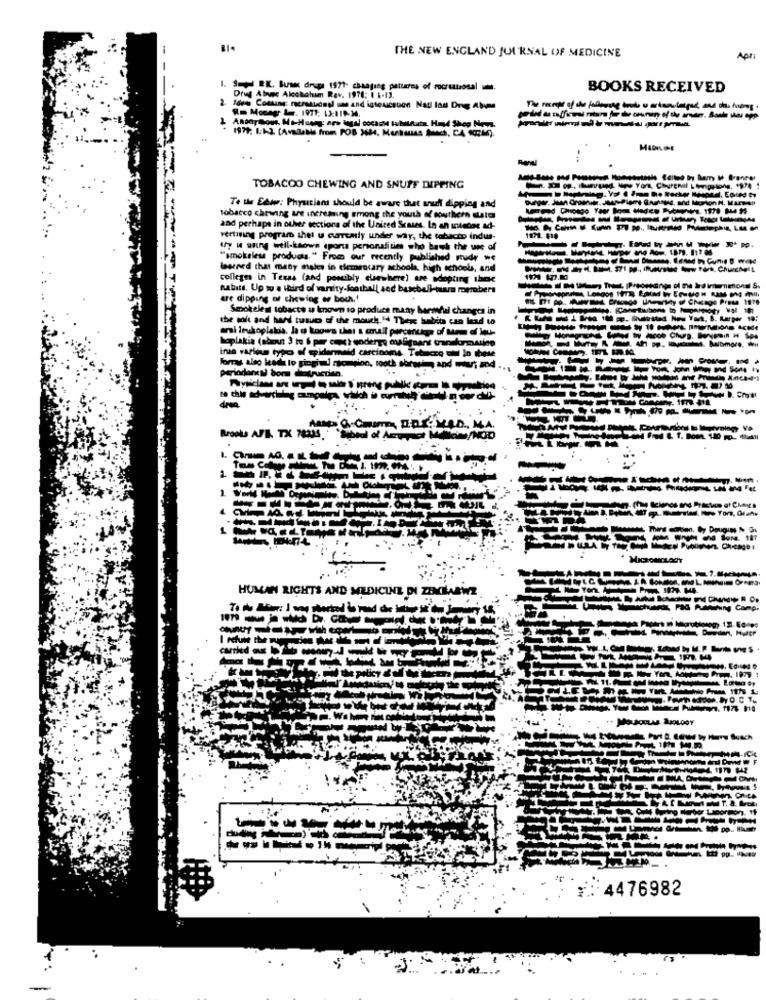
THE NEW ENGLAND JOURNAL OF MEDICINE
Apri
1. 3- BK. Bus drugs 1971- changing patterns of mocrutteosal .
BOOKS RECEIVED
Drug Abuse Alcobahim Rev. 1978: 1 1-13.
Ides Comlang: moreaudiedl sa and igtoxicquien Nad lou Dng Abime
Rm Mocagr . 1971: 13:110-34.
1979; 1:4.3. (Available from POB 3684, Menhanas Such, CA 914).
ww
TOBACOO CHEWING AND SNUFF DIPPING
Te the Edww: Physicians should be aware that auf dipping and
tobacco chewing are increasing among the youth of southern slate
and perhaps in other sections of the United Scars. In an intebos ad-
vertising program that u currently under way, the tobacco indus-
1971. 110
ty u aring well-known sports personalities who bash the use of
"smokeless products." From our recently published study we
lesened that meby males in elementary schoola, high schools, and
colleges in Texas (and possibly claeshere) are adopting these
habits. Up to a third of varsity-football sed baseballteam members
are dipping of chewing ar boch.'
Smokeles tobacte a Imown to produce many barmdel changes in
the soft and hand tusuo of the mouth. " There habita cso lead to
ami leukoplakis, la o knows the: & small percentage of Man of lou-
hoplakia (about 3 to 6 per cent) woderge malignant transformation
into various typo of spidermeld carcinoma Tobacco alul In these
periodones bom diatructien.
Forray also leads to gingim nicgion, tooth showing and ouri and ..
. .
and Food & T. Bom. 1.00 m. flidll
. 1977. 04
HUMAN RIGHTS AND MEDICINE DI ZINCHARWZ
. : : 4476982